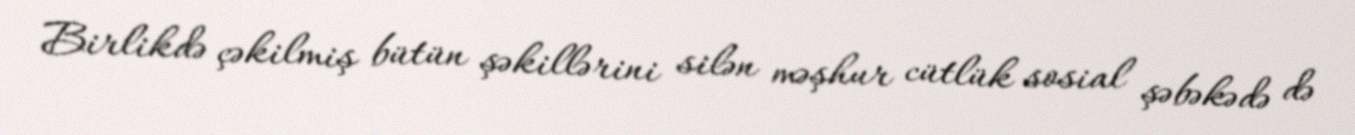
Birlikdə çəkilmiş bütün şəkillərini silən məşhur cütlük sosial şəbəkədə də